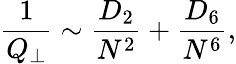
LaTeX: \frac{1}{Q_{\perp}}\sim\frac{D_{2}}{N^{2}}+\frac{D_{6}}{N^{6}},